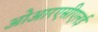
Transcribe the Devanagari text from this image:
ओआरएसीएलई